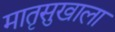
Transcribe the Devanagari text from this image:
मातृसुखाला